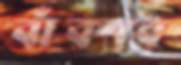
বাঁকবে